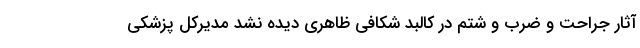
آثار جراحت و ضرب و شتم در کالبد شکافی ظاهری دیده نشد مدیرکل پزشکی